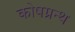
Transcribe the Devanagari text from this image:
कोषग्रन्थ